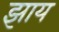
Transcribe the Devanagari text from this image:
झाय